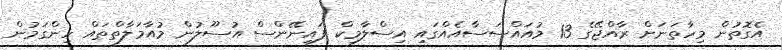
އެގޮތުން މިހާތަނަށް ރާއްޖޭގެ 13 މުއައްސަސާއެއްގައި އިސްލާމިކް ފައިނޭންސް އުސޫލުން މުއާމަލާތްތައް ހިންގަމުން